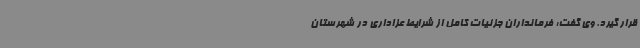
قرار گیرد. وی گفت: فرمانداران جزئیات کامل از شرایط عزاداری در شهرستان